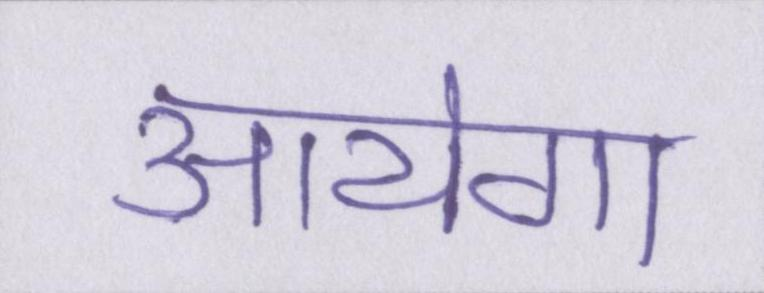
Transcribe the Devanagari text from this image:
आयेगा